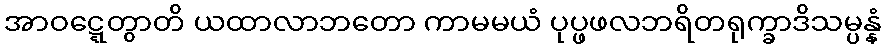
အာဝဋ္ဋေတွာတိ ယထာလာဘတော ကာမမယံ ပုပ္ဖဖလဘရိတရုက္ခာဒိသမ္ပန္နံ